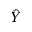
\hat { Y }